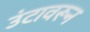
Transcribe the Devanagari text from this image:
उंटावरून